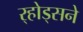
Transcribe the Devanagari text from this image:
र्‍होड्सने